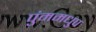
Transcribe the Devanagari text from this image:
पुंममधुप